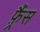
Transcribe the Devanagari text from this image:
फ़्रैंस